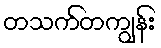
တသက်တကျွန်း